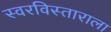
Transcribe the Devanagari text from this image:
स्वरविस्ताराला